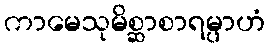
ကာမေသုမိစ္ဆာစာရမ္ပာဟံ